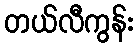
တယ်လီကွန်း